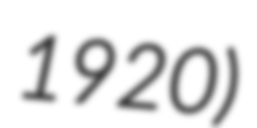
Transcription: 1920)